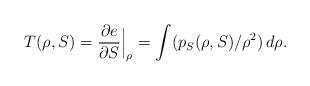
LaTeX: \begin{align*}T(\rho,S) =\frac{\partial e}{\partial S}\Big|_{\rho} = \int (p_S(\rho,S)/\rho^2)\,d\rho . \end{align*}